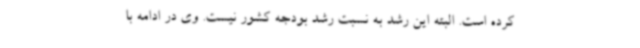
کرده است. البته این رشد به نسبت رشد بودجه کشور نیست. وی در ادامه با